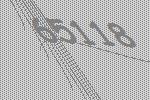
65118